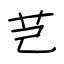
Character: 芑